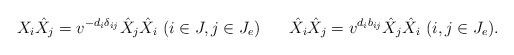
LaTeX: \begin{align*}X_{i}\hat{X}_{j}&=v^{-d_i\delta_{ij}}\hat{X}_{j}\hat{X}_{i}\ (i\in J, j\in J_e)&\hat{X}_{i}\hat{X}_{j}&=v^{d_ib_{ij}}\hat{X}_{j}\hat{X}_{i}\ (i, j\in J_e).\end{align*}